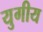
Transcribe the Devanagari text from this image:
युगीय